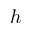
h